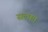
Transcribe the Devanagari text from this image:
सल्फ़ा